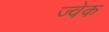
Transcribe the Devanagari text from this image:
ज्वेक